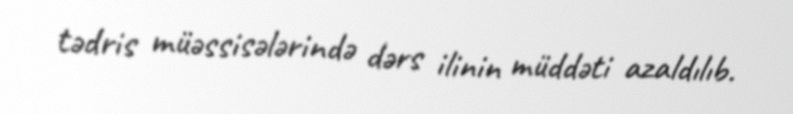
tədris müəssisələrində dərs ilinin müddəti azaldılıb.